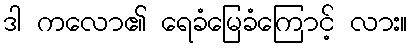
ဒါ ကလော၏ ရေခံမြေခံကြောင့် လား။